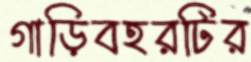
গাড়িবহরটির